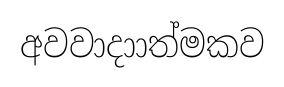
අවවාදාාත්මකව